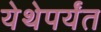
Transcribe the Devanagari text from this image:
येथेपर्यंत